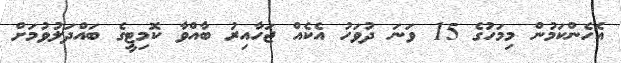
އެހެންކަމުން މިމަހުގެ 15 ވަނަ ދުވަހު އެކެއް ޖަހާއިރު ބާއްވާ ކޮމިޓީގެ ބައްދަލުވުމަށް